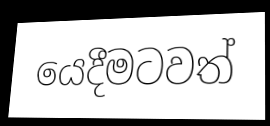
යෙදීමටවත්